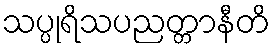
သပ္ပုရိသပညတ္တာနီတိ